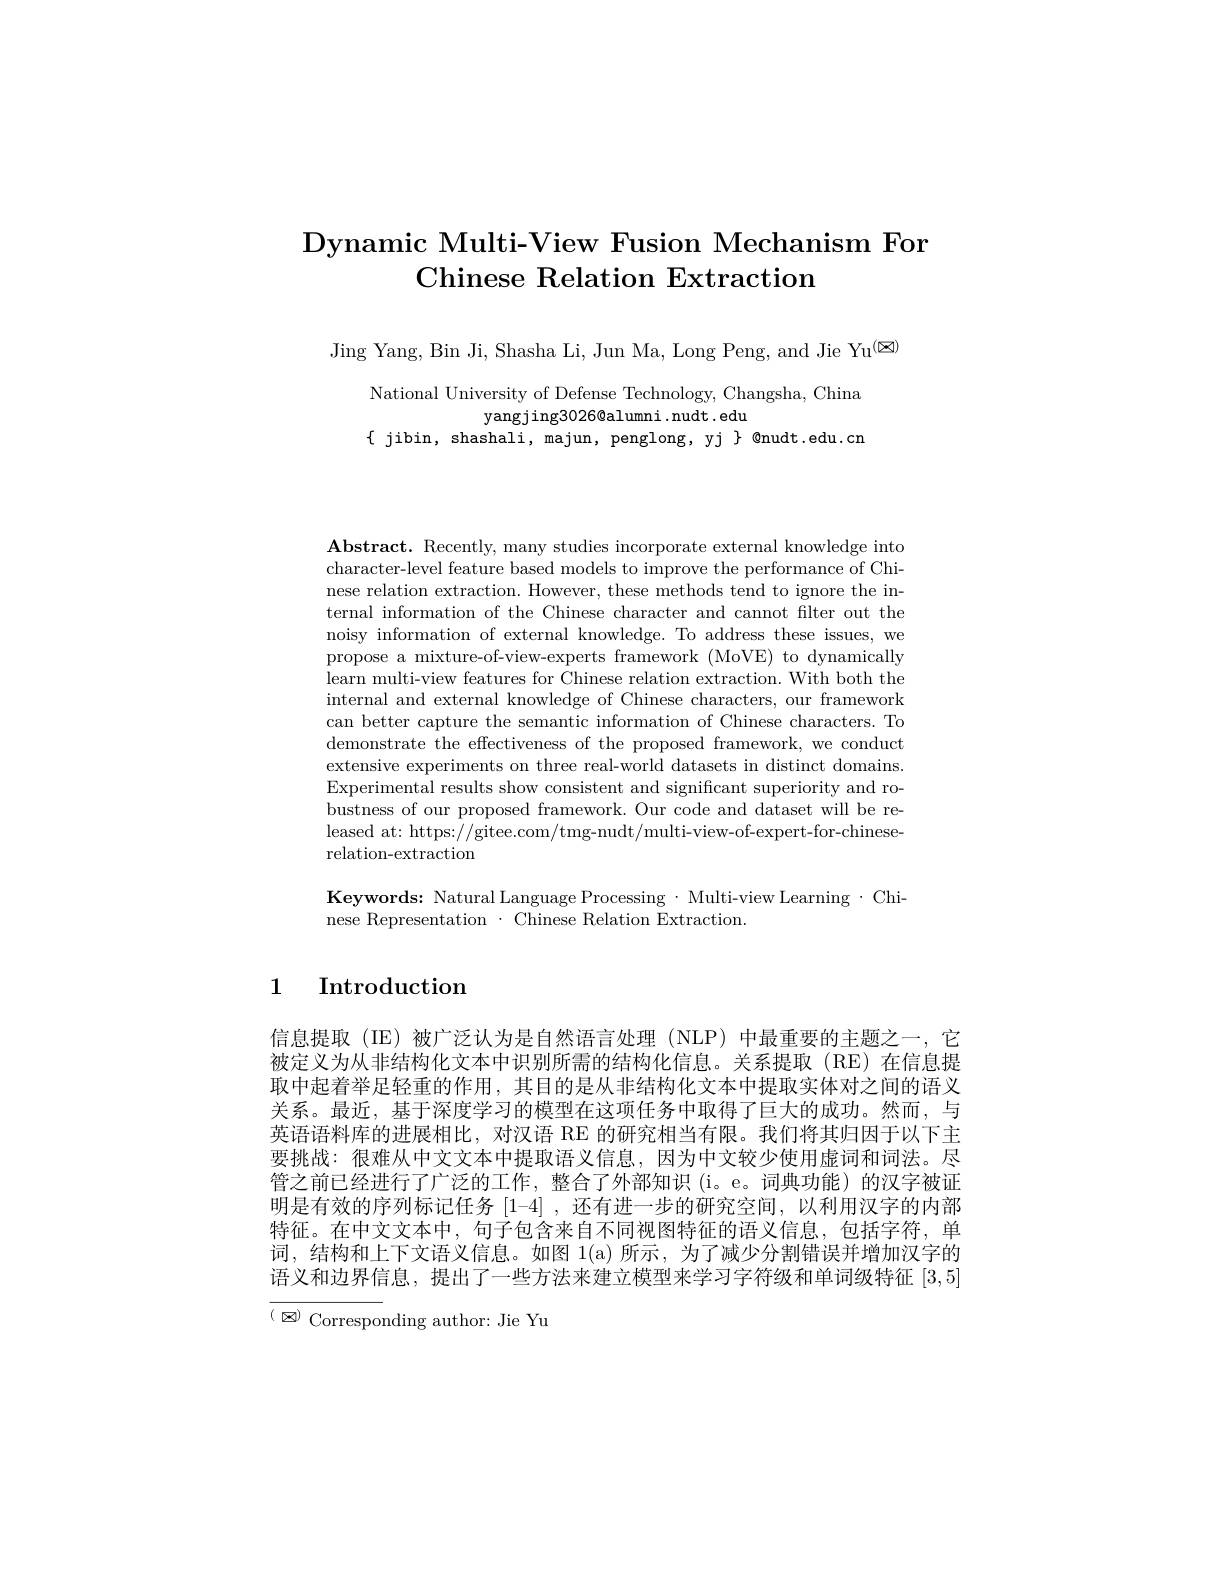
# $\textbf{Dynamic Multi- View Fusion Mechanism For}$ Chinese Relation Extraction

Jing Yang, Bin Ji, Shasha Li, Jun Ma, Long Peng, and Jie Yu$^{(因)}$

National University of Defense Technology, Changsha, China
yangjing3026@alumni.nudt.edu
$\{$ jibin, shashali, majun, penglong, yj $\}$ @nudt.edu.cn

$\mathbf{Abstract.~Recently,~many~studies~incorporate~external~knowledge~into}$ character-level feature based models to improve the performance of Chinese relation extraction. However, these methods tend to ignore the internal information of the Chinese character and cannot filter out the noisy information of external knowledge. To address these issues, we propose a mixture-of-view-experts framework (MoVE) to dynamically learn multi-view features for Chinese relation extraction. With both the internal and external knowledge of Chinese characters, our framework can better capture the semantic information of Chinese characters. To demonstrate the effectiveness of the proposed framework, we conduct extensive experiments on three real-world datasets in distinct domains. Experimental results show consistent and significant superiority and robustness of our proposed framework. Our code and dataset will be released at: https://gitee.com/tmg-nudt/multi-view-of-expert-for-chineserelation-extraction

Keywords: Natural Language Processing· Multi-view Learning·Chi-
nese Representation $\cdot$ Chinese Relation Extraction

## 1 Introduction

信息提取(IE)被广泛认为是自然语言处理(NLP)中最重要的主题之一，它被定义为从非结构化文本中识别所需的结构化信息。关系提取(RE)在信息提取中起着举足轻重的作用，其目的是从非结构化文本中提取实体对之间的语义关系。最近，基于深度学习的模型在这项任务中取得了巨大的成功。然而，与英语语料库的进展相比，对汉语 RE 的研究相当有限。我们将其归因于以下主要挑战：很难从中文文本中提取语义信息，因为中文较少使用虚词和词法。尽管之前已经进行了广泛的工作，整合了外部知识(i。e。词典功能)的汉字被证明是有效的序列标记任务[1-4] ,还有进一步的研究空间，以利用汉字的内部特征。在中文文本中，句子包含来自不同视图特征的语义信息，包括字符，单词，结构和上下文语义信息。如图 1(a) 所示，为了减少分割错误并增加汉字的语义和边界信息，提出了一些方法来建立模型来学习字符级和单词级特征[3,5] $(\boxtimes)$ Corresponding author: Jie Yu